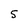
Character: 5